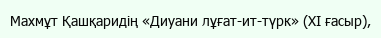
Махмұт Қашқаридің «Диуани лұғат-ит-түрк» (XI ғасыр),